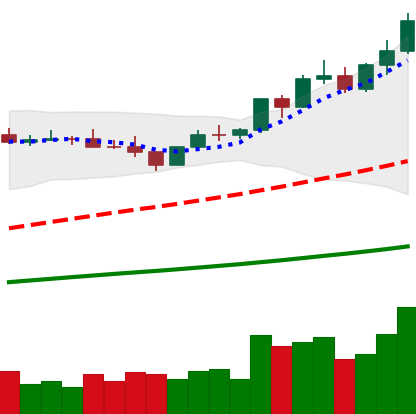
Ticker: BNB-USD
Chart end date: 2021-04-06
Forward return: 30.178%
Label: up_7plus